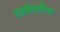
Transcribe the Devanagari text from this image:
एआईएसडीएम